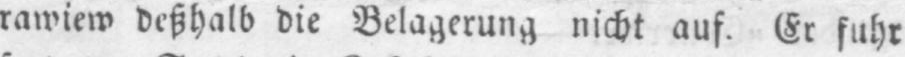
rawiew deßhalb die Belagerung nicht auf. Er fuhr